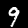
Label: 9